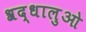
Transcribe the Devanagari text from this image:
श्रद्धालुओ